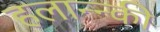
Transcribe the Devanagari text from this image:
हलान्न्की